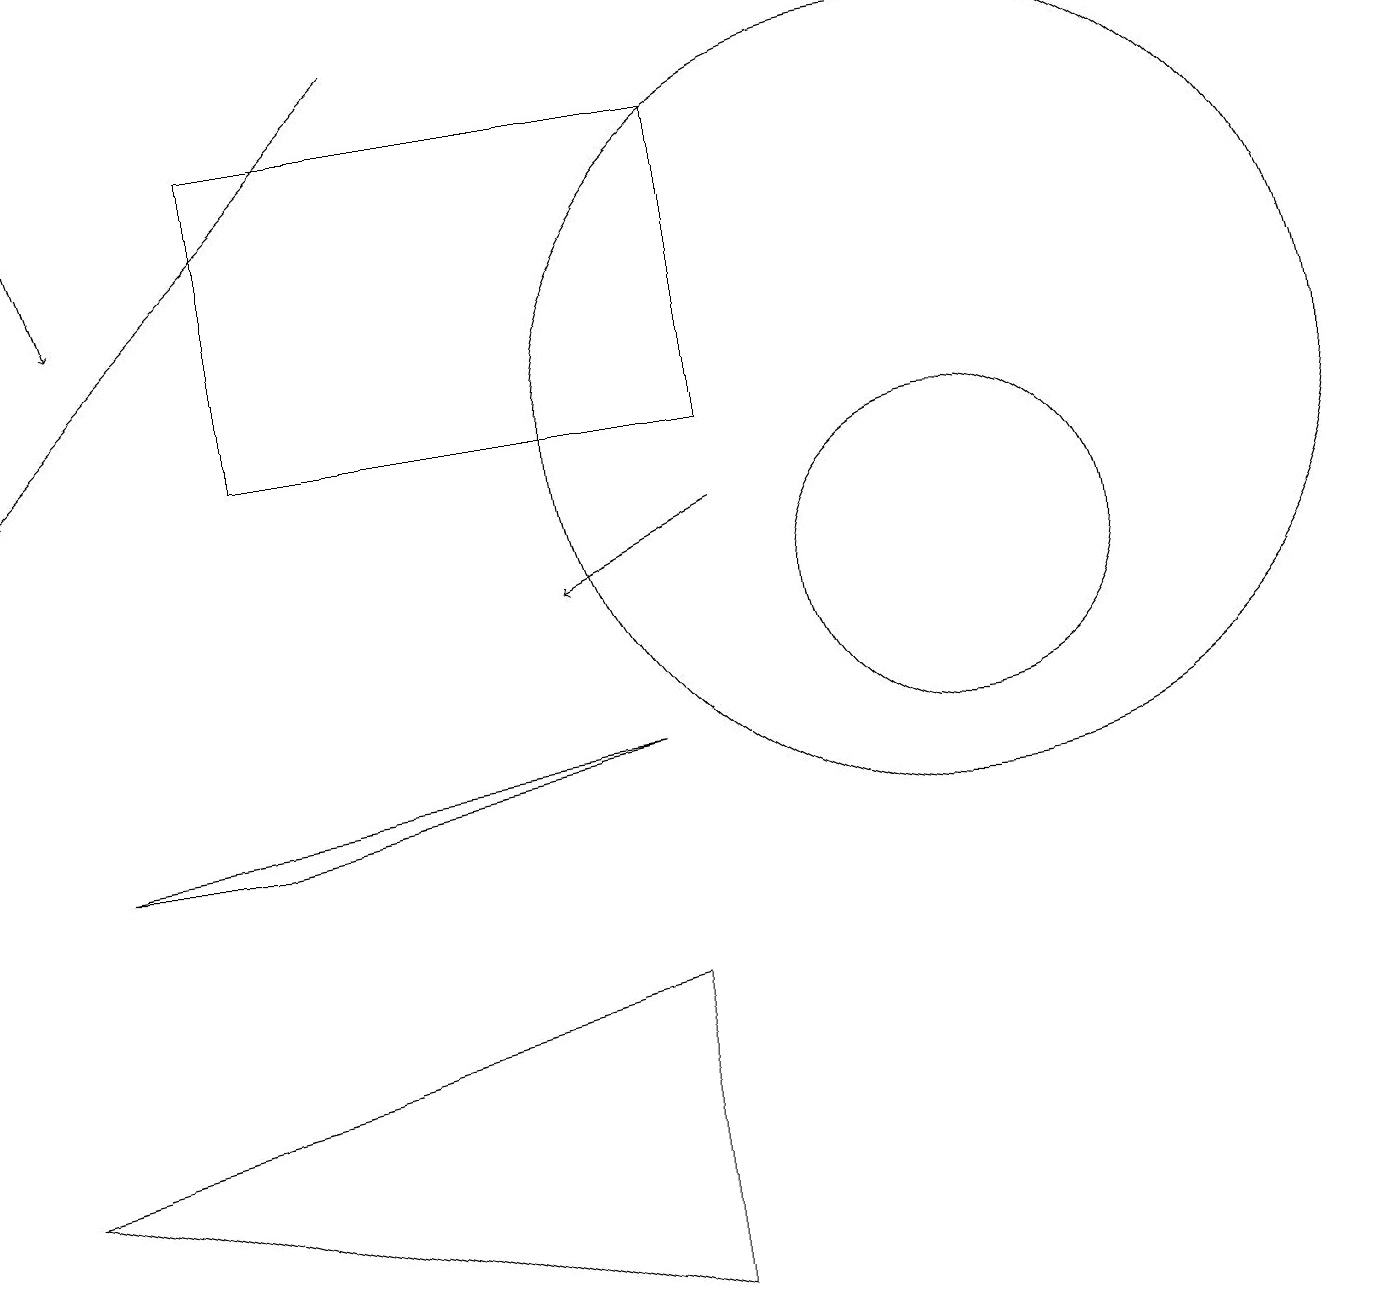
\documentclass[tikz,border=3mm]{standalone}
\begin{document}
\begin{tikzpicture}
\draw (12,10) circle (2);
\draw[->] (0,17) -- (1,14);
\draw (1,7) -- (3,7) -- (8,8) -- cycle;
\draw[->] (5,17) -- (0,12);
\draw (3,12) rectangle (9,16);
\draw (8,5) -- (8,1) -- (0,3) -- cycle;
\draw[->] (9,11) -- (7,10);
\draw (12,12) circle (5);
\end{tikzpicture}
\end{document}